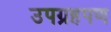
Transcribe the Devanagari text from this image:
उपग्रहपण